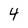
Character: 4